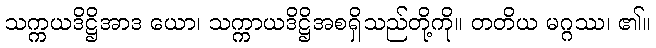
သက္ကယဒိဋ္ဌိအာဒ ယော၊ သက္ကာယဒိဋ္ဌိအစရှိသည်တို့ကို။ တတိယ မဂ္ဂဿ၊ ၏။